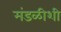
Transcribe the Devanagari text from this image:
मंडळीशी